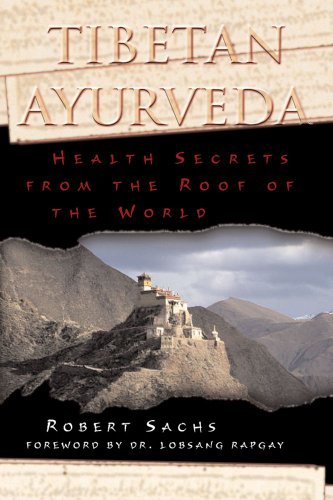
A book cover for Tibetan Ayurveda: Health Secrets from the Roof of the World; Robert Sachs; Health, Fitness & Dieting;